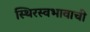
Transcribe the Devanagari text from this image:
स्थिरस्वभावाची